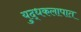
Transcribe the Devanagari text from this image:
युद्धकलापात